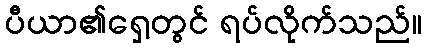
ပီယာ၏ရှေ့တွင် ရပ်လိုက်သည်။